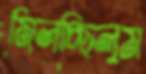
মিলচ্ছিলুম